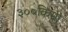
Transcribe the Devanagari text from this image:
३००किमी